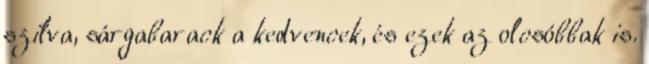
szilva, sárgabarack a kedvencek, és ezek az olcsóbbak is.